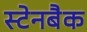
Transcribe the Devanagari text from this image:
स्टेनबैक